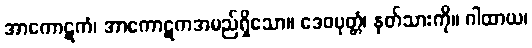
အာကောဋကံ၊ အာကောဋကအမည်ရှိသော။ ဒေဝပုတ္တံ၊ နတ်သားကို။ ဂါထာယ၊